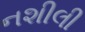
નશીલી